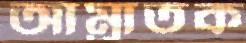
আম্রাতক